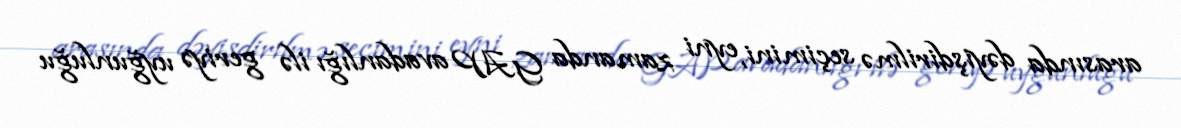
arasında dəyişdirilmə seçimini, eyni zamanda GAP avadanlığı ilə geriyə uyğunluğu